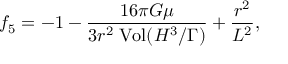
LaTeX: { f _ { 5 } } = - 1 - { \frac { 1 6 \pi G \mu } { 3 r ^ { 2 } \; \mathrm { { V o l } } ( { H ^ { 3 } } / { \Gamma } ) } } + { \frac { r ^ { 2 } } { L ^ { 2 } } } ,